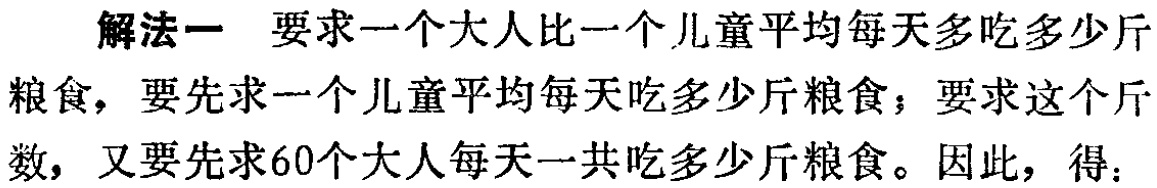
解法一 要求一个大人比一个儿童平均每天多吃多少斤
粮食，要先求一个儿童平均每天吃多少斤粮食；要求这个斤
数，又要先求60个大人每天一共吃多少斤粮食。因此，得：